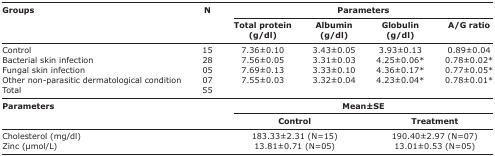
<table><thead><tr><td rowspan="3"><b>Groups</b></td><td rowspan="3"><b>N</b></td><td colspan="4"><b>Parameters</b></td></tr><tr><td><b>Total protein (g/dl)</b></td><td><b>Albumin (g/dl)</b></td><td><b>Globulin (g/dl)</b></td><td><b>A/G ratio</b></td></tr></thead><tbody><tr><td>Control</td><td>15</td><td>7.36±0.10</td><td>3.43±0.05</td><td>3.93±0.13</td><td>0.89±0.04</td></tr><tr><td>Bacterial skin infection</td><td>28</td><td>7.56±0.05</td><td>3.31±0.03</td><td>4.25±0.06*</td><td>0.78±0.02*</td></tr><tr><td>Fungal skin infection</td><td>05</td><td>7.69±0.13</td><td>3.33±0.10</td><td>4.36±0.17*</td><td>0.77±0.05*</td></tr><tr><td>Other non-parasitic dermatological condition</td><td>07</td><td>7.55±0.03</td><td>3.32±0.04</td><td>4.23±0.04*</td><td>0.78±0.01*</td></tr><tr><td>Total</td><td>55</td><td></td><td></td><td></td><td></td></tr><tr><td rowspan="3"><b>Parameters</b></td><td rowspan="3"></td><td colspan="4"><b>Mean±SE</b></td></tr><tr><td colspan="2"><b>Control</b></td><td colspan="2"><b>Treatment</b></td></tr><tr><td>Cholesterol (mg/dl)</td><td></td><td colspan="2">183.33±2.31 (N=15)</td><td colspan="2">190.40±2.97 (N=07)</td></tr><tr><td>Zinc (μmol/L)</td><td></td><td colspan="2">13.81±0.71 (N=05)</td><td colspan="2">13.01±0.53 (N=05)</td></tr></tbody></table>